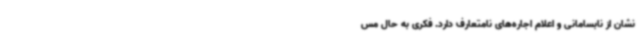
نشان از نابسامانی و اعلام اجاره‌های نامتعارف دارد. فکری به حال مس